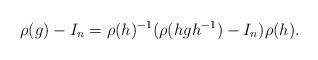
LaTeX: \begin{align*}\rho(g)-I_n= \rho(h)^{-1}(\rho(hgh^{-1})-I_n)\rho(h).\end{align*}